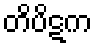
တိပိဋက